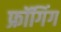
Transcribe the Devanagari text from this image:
फ्रॉगिंग